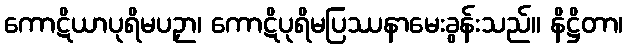
ကောဋိယာပုရိမပဉှာ၊ ကောဋိပုရိမပြဿနာမေးခွန်းသည်။ နိဋ္ဌိတာ၊